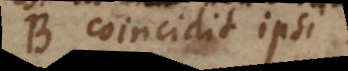
B coincidit ipsi